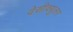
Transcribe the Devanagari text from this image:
वेसीक्युलर